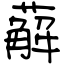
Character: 薢